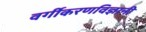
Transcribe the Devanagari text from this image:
वर्गीकरणविज्ञानी